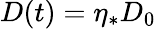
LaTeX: D(t)=\eta_{*}D_{0}